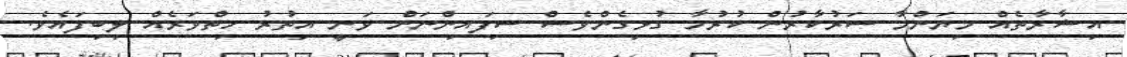
އިޝާރާތެއް މިޔަންމާ ސަރުކާރުން ކުރުމާ ގުޅިގެންވެސް ސިފައިންނަށް ވަނީ އިތުރު ހިތްވަރެއް ލިބިފައެވެ.